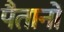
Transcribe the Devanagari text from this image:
पैतानों